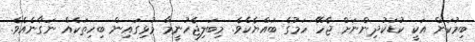
ބިމުކަން އަކީ ކުޑަކުދިންނަށް ޖެހޭ ހަމުގެ ބަައްޔެކެވެ. މިބަލިޖެހުނީމާ މުޅިގައިން ބިހިތަކެއް ނަގާނެއެވެ.